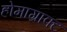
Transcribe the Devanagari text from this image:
होमाग्राफ्ट